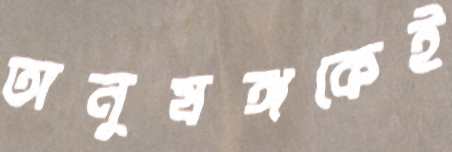
অনুষঙ্গকেই